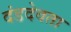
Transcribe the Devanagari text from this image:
दंडदेवता